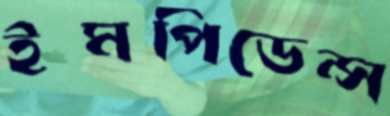
ইমপিডেন্স